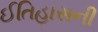
ઈતિહાસની